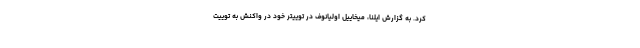
کرد. به گزارش ایلنا، میخاییل اولیانوف در توییتر خود در واکنش به توییت